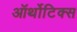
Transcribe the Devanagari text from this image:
ऑर्थोटिक्स